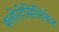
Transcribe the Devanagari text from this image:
फ्लोरोसिलिकेट